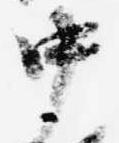
中